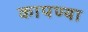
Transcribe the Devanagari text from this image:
कापण्या